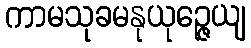
ကာမသုခမနုယုဉ္ဇေယျ